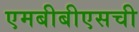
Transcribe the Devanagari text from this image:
एमबीबीएसची